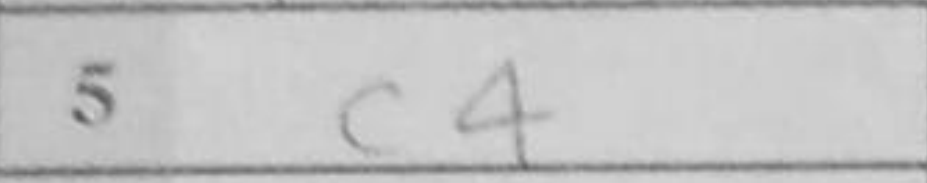
Transcription: c4